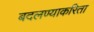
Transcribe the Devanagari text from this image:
बदलण्याकरिता